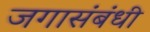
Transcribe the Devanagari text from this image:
जगासंबंधी